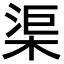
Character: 渠